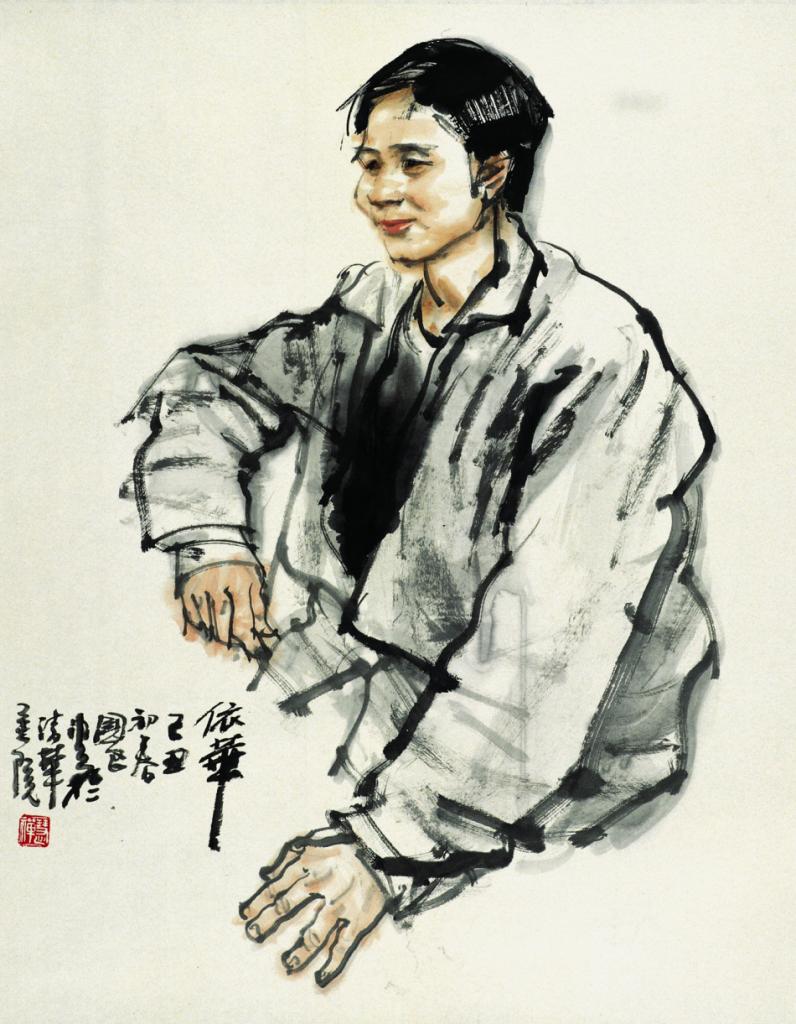
国无三年之食者，国非其国也